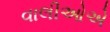
વાલીઓએ